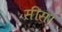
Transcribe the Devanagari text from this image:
सीस।